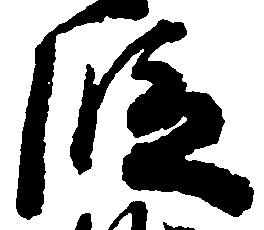
段